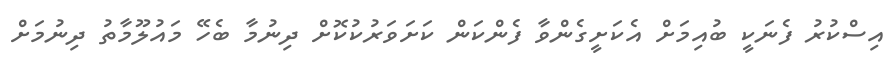
އިސްކުރު ފެނަކީ ބުއިމަށް އެކަށީގެންވާ ފެންކަން ކަށަވަރުކުކޮށް ދިނުމާ ބެހޭ މައުލޫމާތު ދިނުމަށް